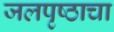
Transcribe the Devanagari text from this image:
जलपृष्ठाचा